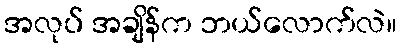
အလုပ် အချိန်က ဘယ်လောက်လဲ။